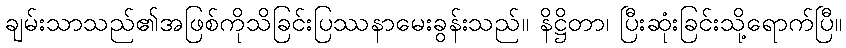
ချမ်းသာသည်၏အဖြစ်ကိုသိခြင်းပြဿနာမေးခွန်းသည်။ နိဋ္ဌိတာ၊ ပြီးဆုံးခြင်းသို့ရောက်ပြီ။